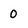
Character: 0